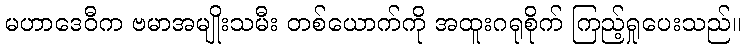
မဟာဒေဝီက ဗမာအမျိုးသမီး တစ်ယောက်ကို အထူးဂရုစိုက် ကြည့်ရှုပေးသည်။